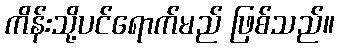
ကိန်းသို့ပင်ရောက်မည် ဖြစ်သည်။